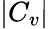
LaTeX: \left\vert C_{v}\right\vert